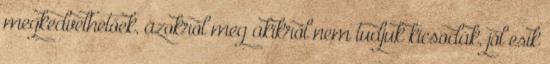
megkedvelhetőek, azokról meg akikről nem tudjuk kicsodák, jól esik